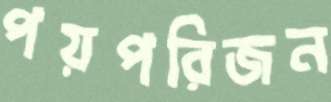
পয়পরিজন